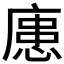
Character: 𪪟